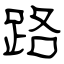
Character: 路